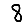
Digit: 8